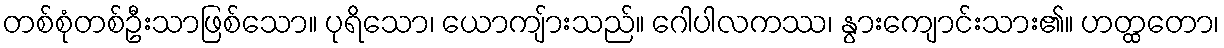
တစ်စုံတစ်ဦးသာဖြစ်သော။ ပုရိသော၊ ယောကျ်ားသည်။ ဂေါပါလကဿ၊ နွားကျောင်းသား၏။ ဟတ္ထတော၊